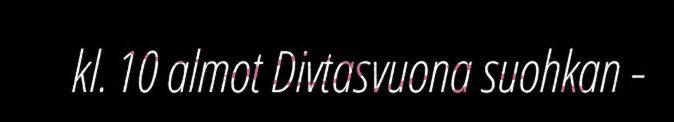
kl. 10 almot Divtasvuona suohkan -